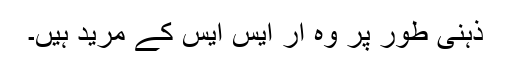
ذہنی طور پر وہ آر ایس ایس کے مرید ہیں۔